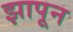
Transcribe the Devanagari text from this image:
झापून